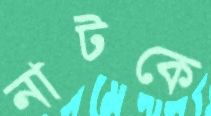
নাটকে